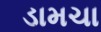
ડામચા